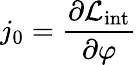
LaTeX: j_{0}={\frac{\partial{\mathcal{L}}_{\mathrm{int}}}{\partial\varphi}}